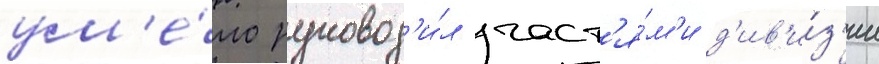
ум'е́ло руковод'и́л част'я́м'и д'ив'и́з'ии